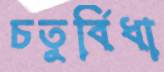
চতুর্বিধা